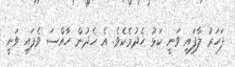
ފަހަރު ލާފައި ވަނީ ކަޅު ހެދުމެކެވެ. އެ ހެދުން ހާއްސަ ވެފައި ވަނީ